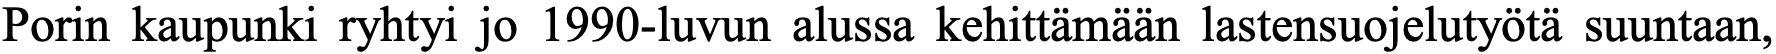
Porin kaupunki ryhtyi jo 1990-luvun alussa kehittämään lastensuojelutyötä suuntaan,